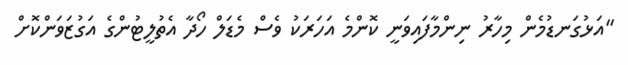
"އަޅުގަނޑުމެން މިހާރު ނިންމާފައިވަނީ ކޮންމެ އަހަރަކު ވެސް މެޑަލް ހޯދާ އެތުލީޓުންގެ އަގުޒަވަންކޮށް